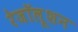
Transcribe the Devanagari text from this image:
रेजॉलूशन